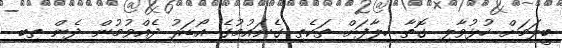
ބީލަމަށް ހުޅުވާލި ގޮތާ ހިލާފަށް ތަކެތި ގެނައުމުގެ އޯޑަރު ދެއްވުމުން ދެން ތިބި